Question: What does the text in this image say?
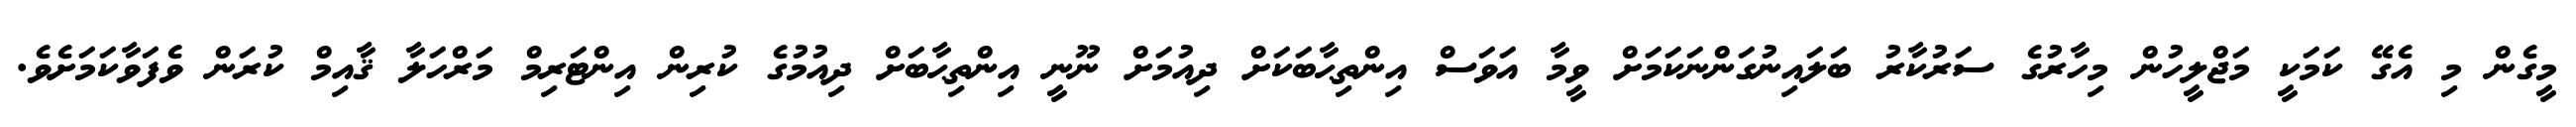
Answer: މީގެން މި އެގޭ ކަމަކީ މަޖްލީހުން މިހާރުގެ ސަރުކާރު ބަލައިނުގަންނަކަމަށް ވީމާ އަވަސް އިންތިޙާބަކަށް ދިއުމަށް ނޫނީ އިންތިޙާބަށް ދިއުމުގެ ކުރިން އިންޓަރިމް މަރްހަލާ ޤާއިމް ކުރަން ވެފަވާކަމަށެވެ.